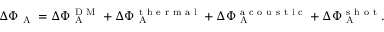
\Delta \Phi _ { \mathrm { ~ A ~ } } = \Delta \Phi _ { \mathrm { ~ A ~ } } ^ { \mathrm { ~ D ~ M ~ } } + \Delta \Phi _ { \mathrm { ~ A ~ } } ^ { \mathrm { ~ t ~ h ~ e ~ r ~ m ~ a ~ l ~ } } + \Delta \Phi _ { \mathrm { ~ A ~ } } ^ { \mathrm { ~ a ~ c ~ o ~ u ~ s ~ t ~ i ~ c ~ } } + \Delta \Phi _ { \mathrm { ~ A ~ } } ^ { \mathrm { ~ s ~ h ~ o ~ t ~ } } .